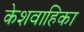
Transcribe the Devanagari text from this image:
केशवाहिका